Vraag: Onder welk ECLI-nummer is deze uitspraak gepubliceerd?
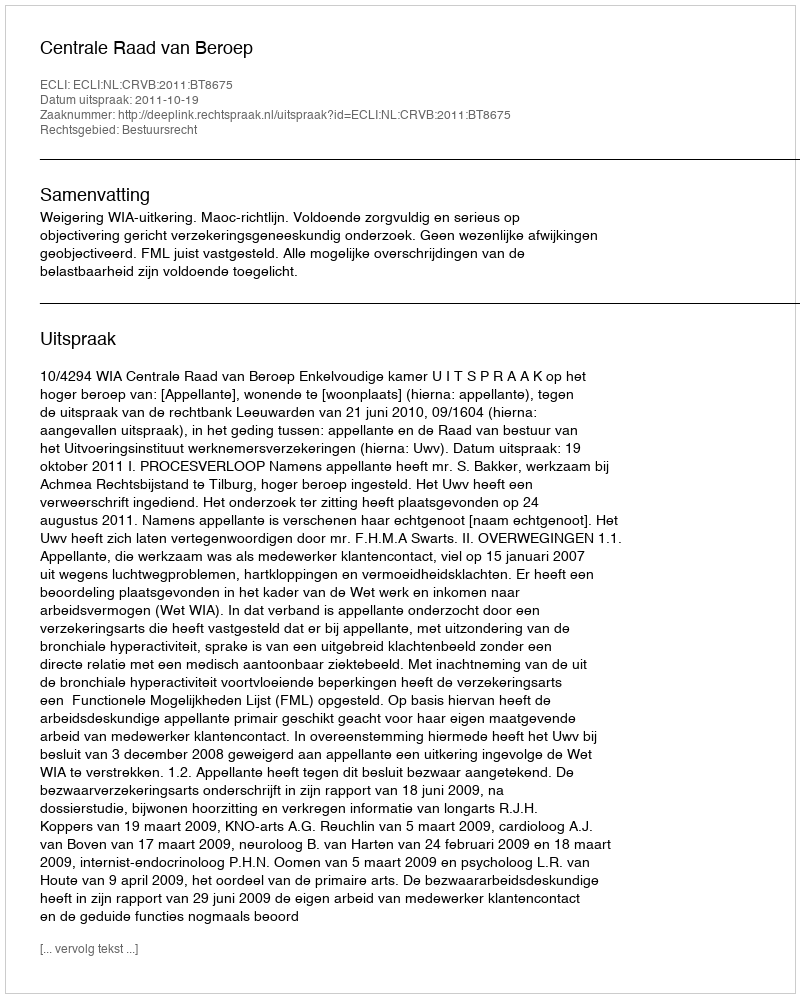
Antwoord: ECLI:NL:CRVB:2011:BT8675